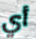
أي